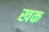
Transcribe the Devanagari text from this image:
खक